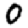
Digit: 0